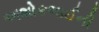
અશોકભાઈની